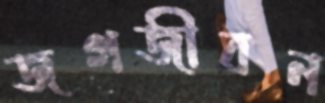
জগজীবন